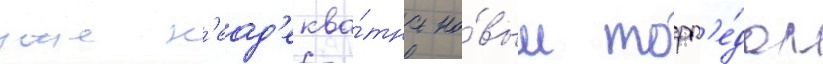
уже н'еад'еква́тна но́вым торп'е́дам